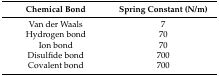
<table><thead><tr><td><b>Chemical Bond</b></td><td><b>Spring Constant (N/m)</b></td></tr></thead><tbody><tr><td>Van der Waals</td><td>7</td></tr><tr><td>Hydrogen bond</td><td>70</td></tr><tr><td>Ion bond</td><td>70</td></tr><tr><td>Disulfide bond</td><td>700</td></tr><tr><td>Covalent bond</td><td>700</td></tr></tbody></table>